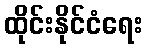
ထိုင်းနိုင်ငံရေး